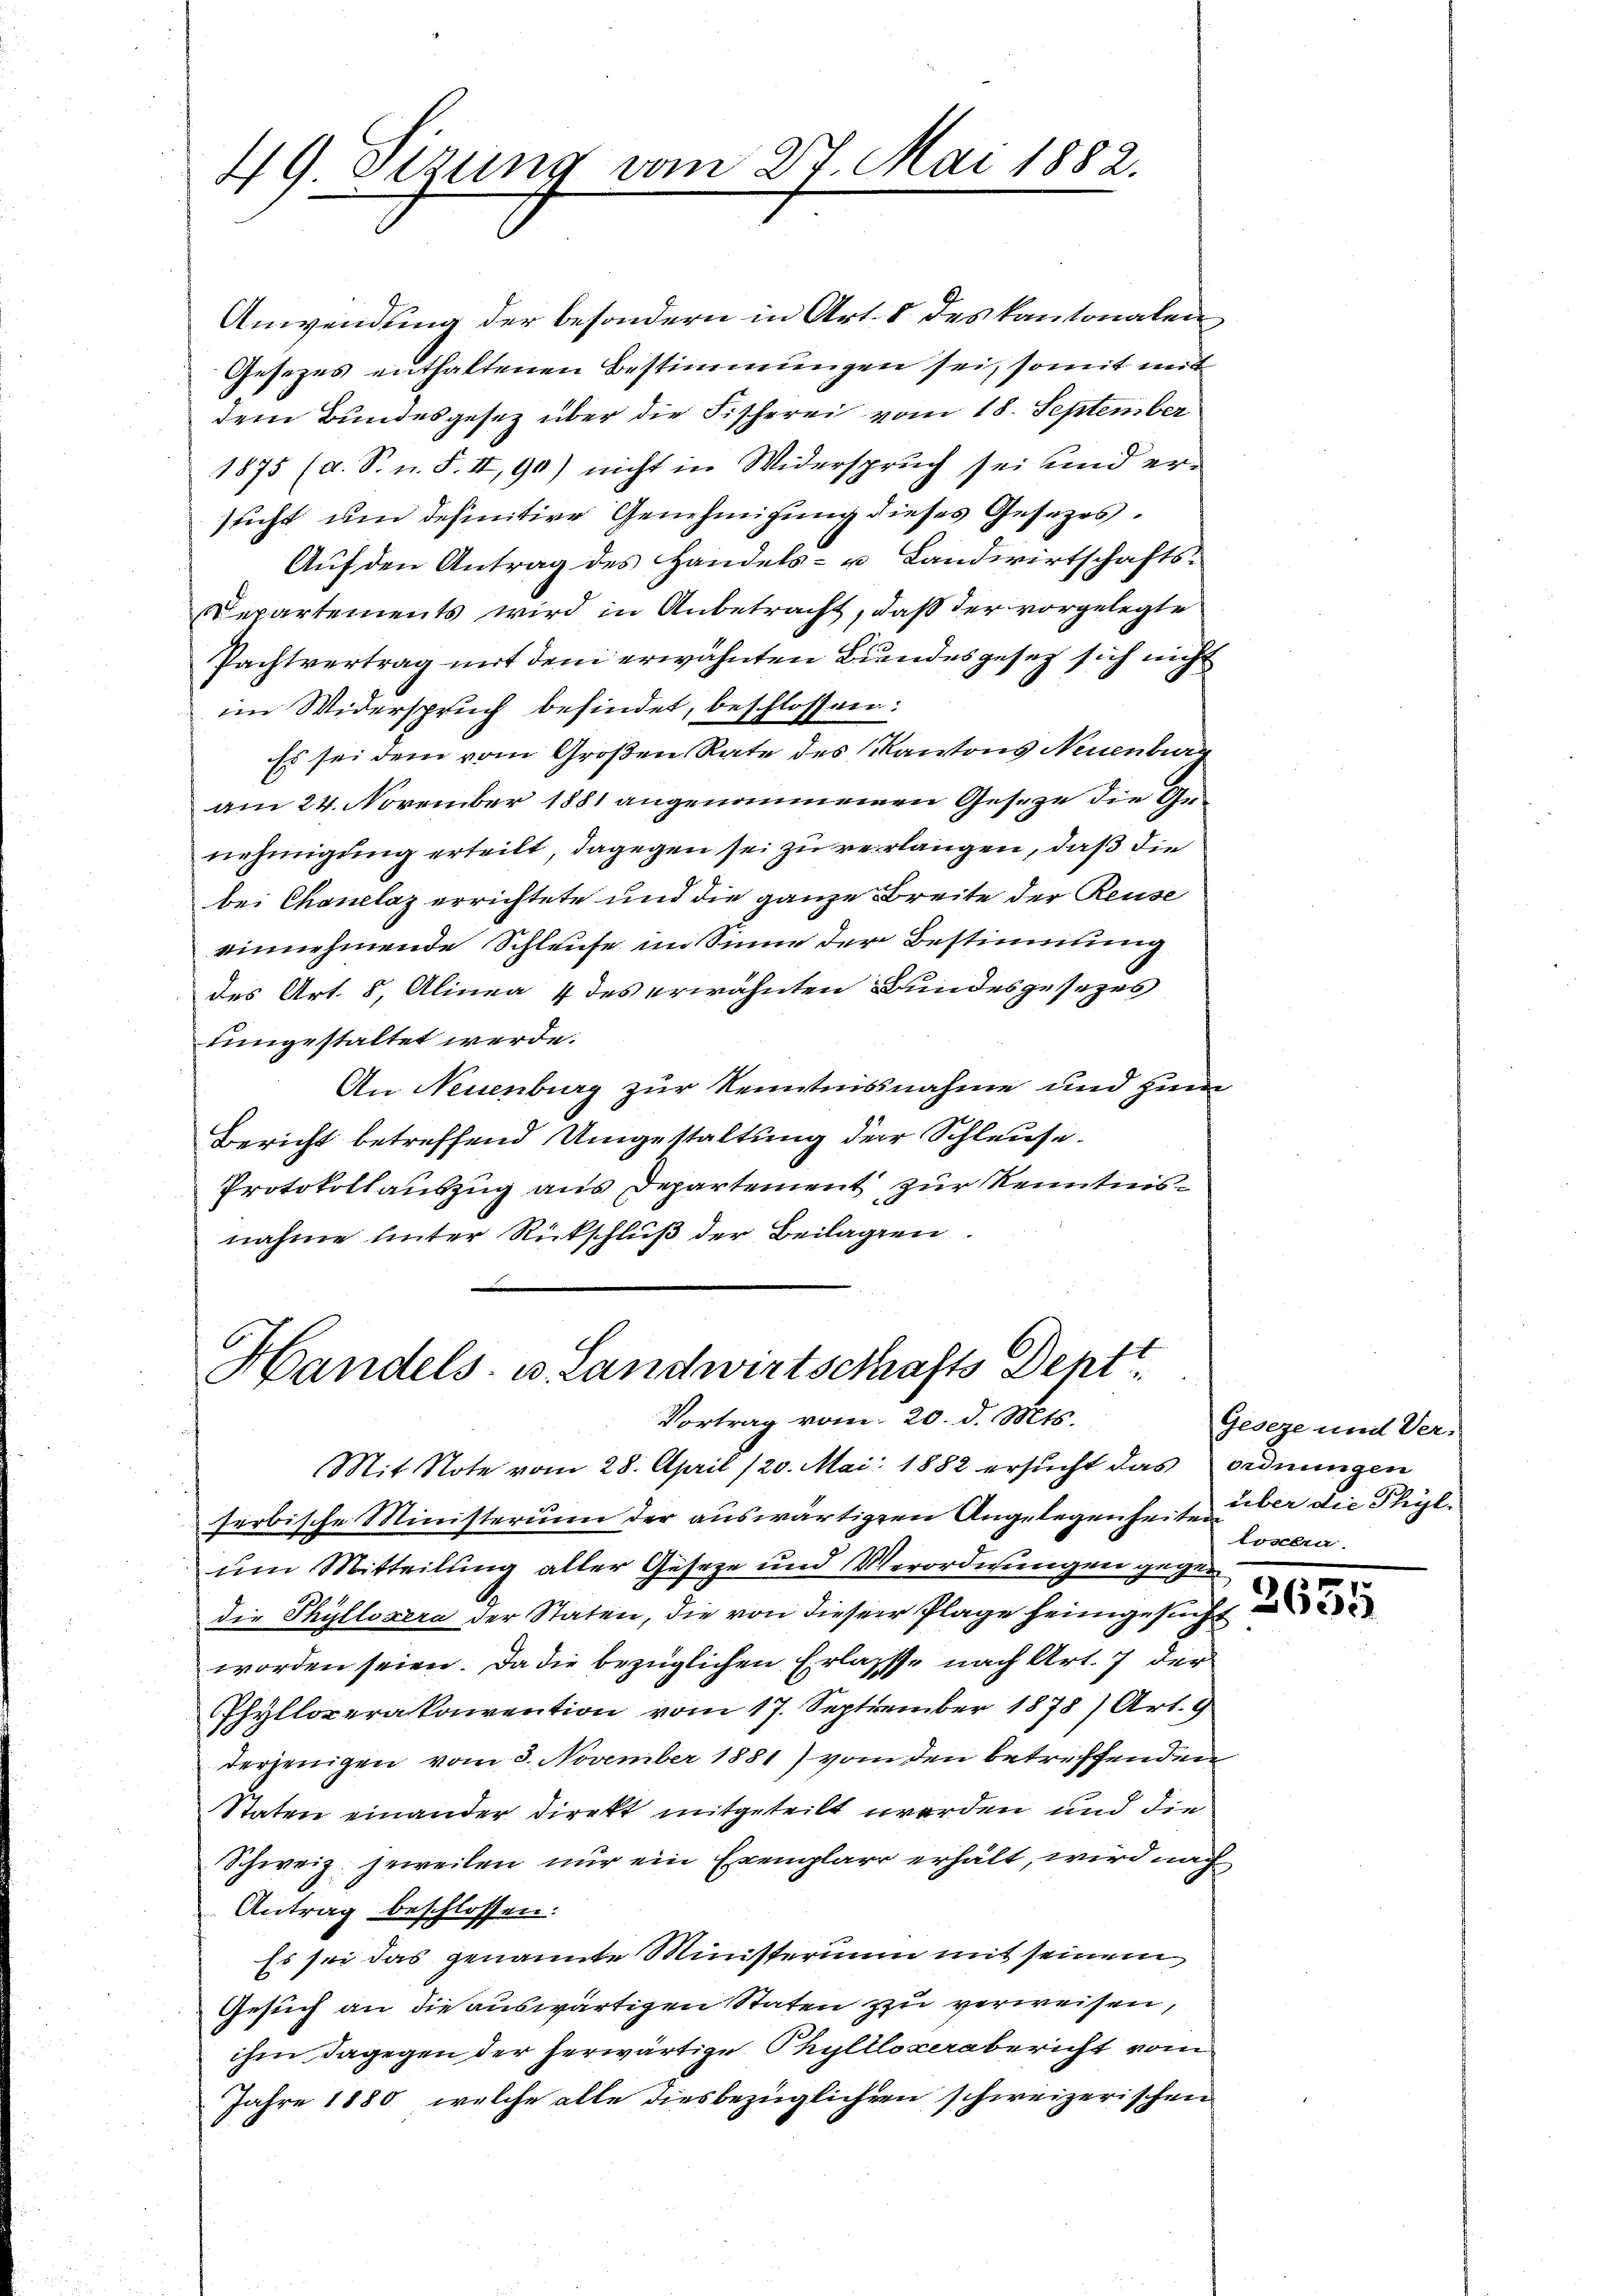
49 Sitzung vom 27. Mai 1882.

Handels- u. Landwirtschafts Deptt.
Vortrag vom 20. d. Mts.

Anwendung der besondern in Art. 8 des Kantonalen
Gesetzes enthaltenen Bestimmungen sei, somit mei
dem Bundesgesez über die Fischerei vom 18. September
1875 (d. S. n. F. II, 90) nicht in Widerspruch sei und ersucht um definitive Genehmigung dieses Gesetzes.
Auf den Antrag des Handels- u Landwirtschafts¬
Departements wird in Anbetracht, daß der vorgelegte
Pachtvertrag mit dem erwähnten Bundesgesetz sich nicht
im Widerspruch befindet, beschlossen:
Es sei dem vom Großen Rate des Kantons Neuenburg
am 24. November 1881 angenommenen Geseze die Genehmigung erteilt, dagegen sei zu verlangen, daß die
bei Chanclaz errichtete und die ganze Breite der Reuse
einnehmende Schleuse im Sinne der Bestimmung
des Art. 8, Alinea 4 des erwähnten Bundesgesezes
tingestaltet werde.
An Neuenburg zur Kenntnisnahme und zum
Bericht betreffend Umgestaltung der Schleuse.
Protokollauszug aus Departement zur Kenntnisnahme unter Rückschluß der Beilagen.

Mit Note vom 28. April 120. Mai 1882 ersucht das ordnungen
serbische Ministerium der auswärtigern Angelegenheite über die Phiylum Mitteilung aller Geseze und Verordnungen gegedie Phyllosera der Staten, die von dieser Plage heimgesucht
worden seien. Da die bezüglichen Erlasse nach Art. 7 der
Phylloperakoiention vom 17. September 1878 Art. 9
derjenigen vom 3. November 1881) von den betreffenden
Staten einander direkt mitgeteilt werden und die
Schweiz. jeweilen nur ein Exemplar erhält, wird nach
Antrag beschlossen:
Es sei das genannte Ministerium mit seinem
Gesuch an die auswärtigen Staten zu verweisen,
ihm dagegen der herwärtige Thylllozerabericht vom
Jahre 1880, welche alle diesbezüglichen schweizerischen

Geseze und Verlosbra
2635